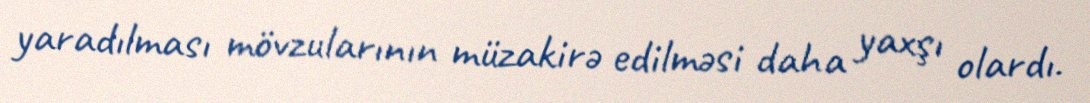
yaradılması mövzularının müzakirə edilməsi daha yaxşı olardı.